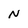
Character: N